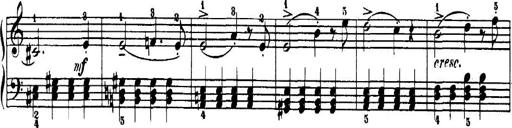
Title: 7 Sonatinas
Composer: Anton Diabelli